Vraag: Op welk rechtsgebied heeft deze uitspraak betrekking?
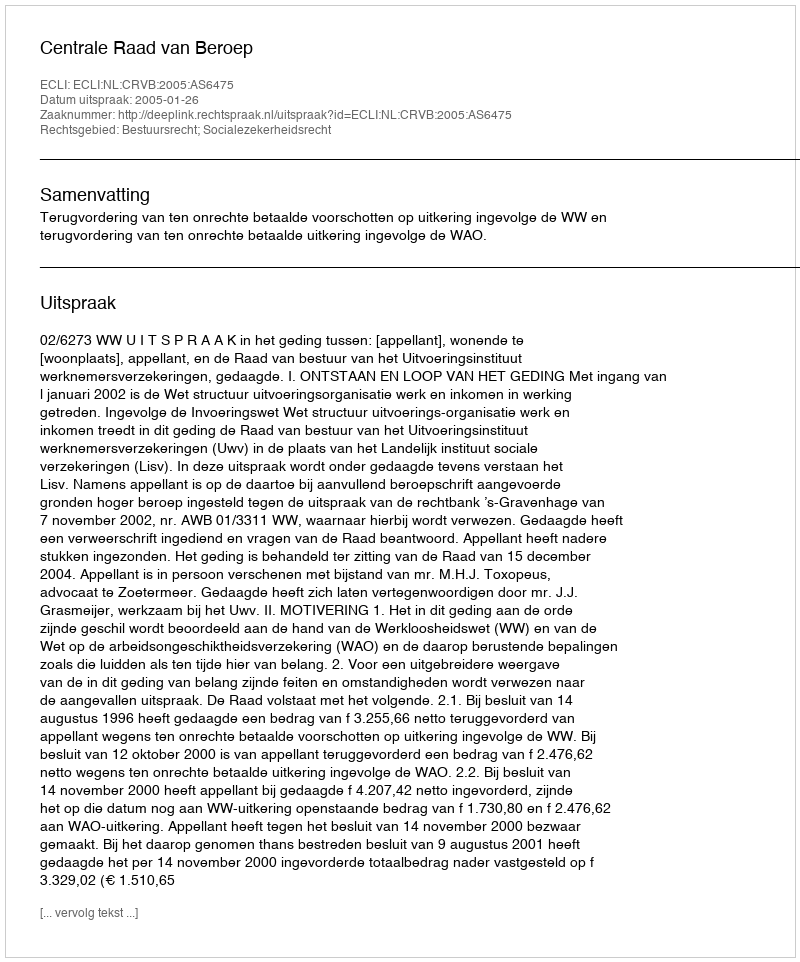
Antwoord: Bestuursrecht; Socialezekerheidsrecht